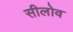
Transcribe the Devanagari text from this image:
सीलोव